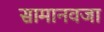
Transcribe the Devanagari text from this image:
सामानवजा